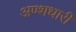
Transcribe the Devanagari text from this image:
अण्शधारी